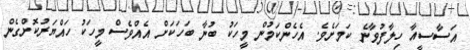
އަސާސީއާ ހިލާފުވާނެ ކަމަށެވެ. އެހެންކަމުން މީހަކު ބުނާ ބަހަކަށް އެއްވެސް މީހަކު ހައްޔަރުކޮށްގެން